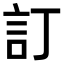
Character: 訂